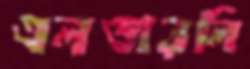
এলডারলি